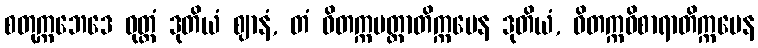
စတုက္ကဘေဒေ ဝုတ္တံ ဒုတိယံ ဈာနံ, တံ ဝိတက္ကမတ္တာတိက္ကမေန ဒုတိယံ, ဝိတက္ကဝိစာရာတိက္ကမေန